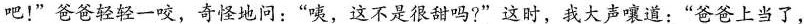
吧！”爸爸轻轻一咬，奇怪地问：”咦，这不是很甜吗?”这时，我大声嚷道：”爸爸上当了，